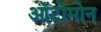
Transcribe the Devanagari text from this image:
ऑटोमोन